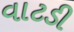
વાટડી